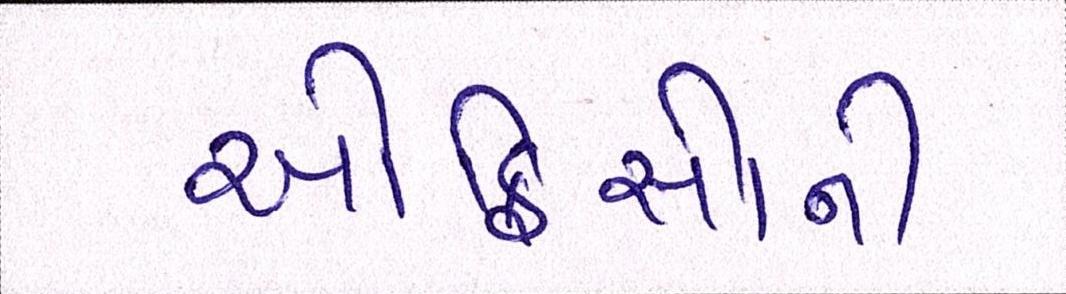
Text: ઓફિસોની